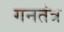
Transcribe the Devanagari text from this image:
गनतंत्र